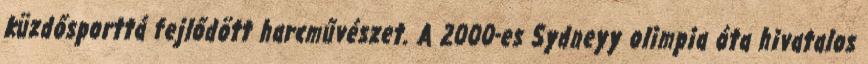
küzdősporttá fejlődött harcművészet. A 2000-es Sydneyy olimpia óta hivatalos